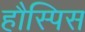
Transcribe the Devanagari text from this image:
हौस्पिस